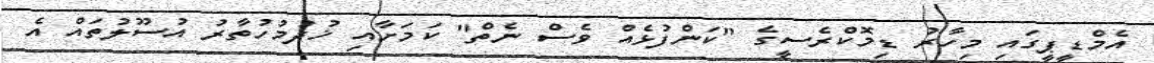
އެމްޑީޕީގައި މިހާރު ޑިމޮކްރެސީގެ "ކަންފުޅެއް ވެސް ނެތް" ކަމަށާއި ޚުދުމުހުތާރު އުސޫލުތައް އެ